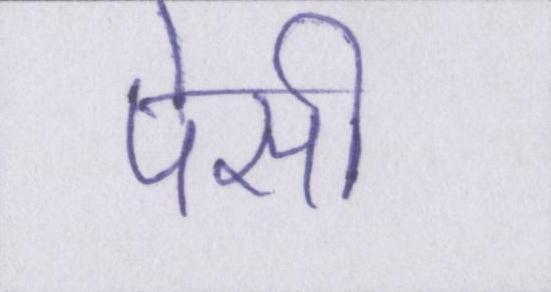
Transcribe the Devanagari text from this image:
पेसी